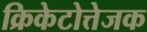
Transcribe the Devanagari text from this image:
क्रिकेटोत्तेजक